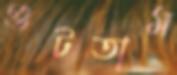
গুটতাম